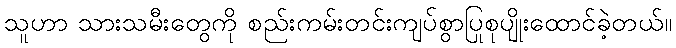
သူဟာ သားသမီးတွေကို စည်းကမ်းတင်းကျပ်စွာပြုစုပျိုးထောင်ခဲ့တယ်။